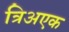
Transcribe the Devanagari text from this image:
त्रिअएक